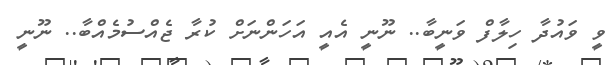
ވީ ވައުދާ ހިލާފް ވަނީބާ.. ނޫނީ އެއީ އަހަންނަށް ކުރާ ޖެއްސުމެއްބާ.. ނޫނީ